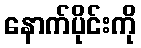
နောက်ပိုင်းကို